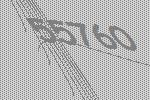
55760